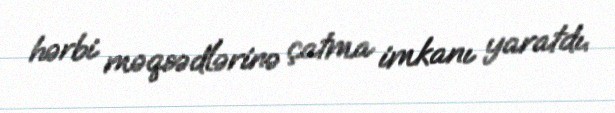
hərbi məqsədlərinə çatma imkanı yaratdı.